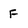
Character: F